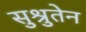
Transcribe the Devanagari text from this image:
सुश्रुतेन